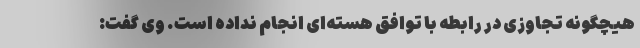
هیچگونه تجاوزی در رابطه با توافق هسته‌ای انجام نداده است. وی گفت: